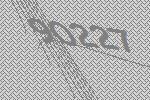
90227